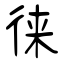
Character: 徕